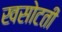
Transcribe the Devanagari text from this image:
खसोटती